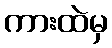
ကားထဲမှ